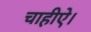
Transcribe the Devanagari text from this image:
चाहीऐ।